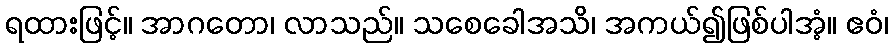
ရထားဖြင့်။ အာဂတော၊ လာသည်။ သစေခေါအသိ၊ အကယ်၍ဖြစ်ပါအံ့။ ဧဝံ၊